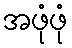
အဖုံဖုံ